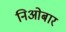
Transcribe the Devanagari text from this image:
निओबार